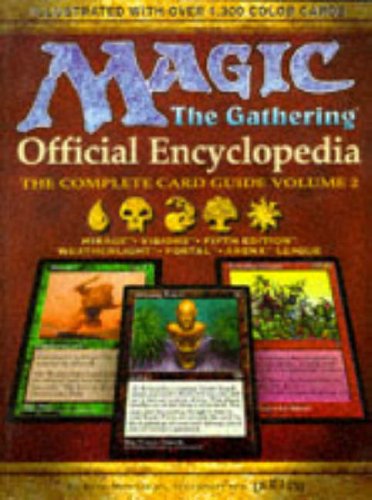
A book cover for Magic: The Gathering : Official Encyclopedia : The Complete Card Guide; Science Fiction & Fantasy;